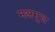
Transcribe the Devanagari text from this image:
मअमूल